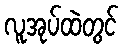
လူအုပ်ထဲတွင်